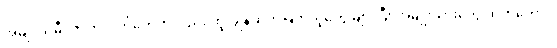
အမျိုးသမီး ဇာတ်လိုက်တွေကလည်း ထူးချွန်ထက်မြက်သူတွေ များပြီး အမျိုးသားတွေ ထက်တောင်